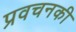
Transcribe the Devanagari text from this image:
प्रवचनकी